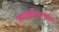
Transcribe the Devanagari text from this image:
रूपकातिशयोक्ति